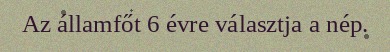
Az államfőt 6 évre választja a nép.